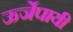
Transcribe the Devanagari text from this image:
ऊर्जेपायी